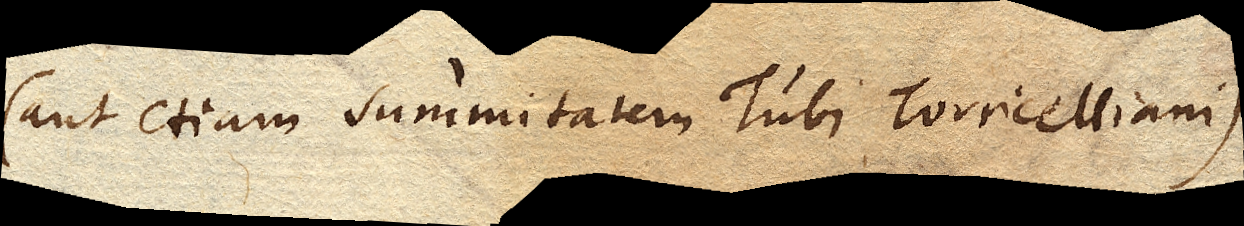
(aut etiam summitatem Tubi Torricelliani)